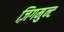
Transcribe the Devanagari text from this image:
ज़िगमुन्ट